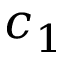
c _ { 1 }